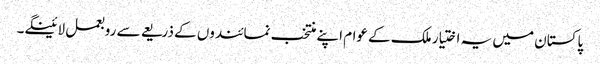
پاکستان میں یہ اختیار ملک کے عوام اپنے منتخب نمائندوں کے ذریعے سے روبعمل لائینگے۔